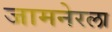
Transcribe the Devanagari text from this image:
जामनेरला